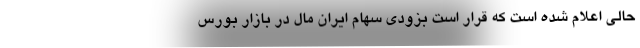
حالی اعلام شده است که قرار است بزودی سهام ایران مال در بازار بورس